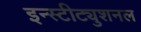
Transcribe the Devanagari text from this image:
इन्स्टीट्युशनल